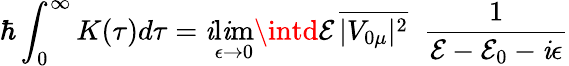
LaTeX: \hbar\int_{0}^{\infty}K(\tau)d\tau=\mathit{i}\operatorname*{l\mathit{i}m}_{\epsilon\to0}\intd\mathcal{{E}}\, \overline{{{|V_{0\mu}|^{2}}}}\; \; \frac{{1}}{{\mathcal{{E}}-\mathcal{{E}}_{0}-\mathit{i}\epsilon}}